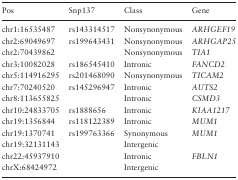
<table><thead><tr><td><b>Pos</b></td><td><b>Snp137</b></td><td><b>Class</b></td><td><b>Gene</b></td></tr></thead><tbody><tr><td>chr1:16535487</td><td>rs143314517</td><td>Nonsynonymous</td><td><i>ARHGEF19</i></td></tr><tr><td>chr2:69049697</td><td>rs199643431</td><td>Nonsynonymous</td><td><i>ARHGAP25</i></td></tr><tr><td>chr2:70439862</td><td></td><td>Nonsynonymous</td><td><i>TIA1</i></td></tr><tr><td>chr3:10082028</td><td>rs186545410</td><td>Intronic</td><td><i>FANCD2</i></td></tr><tr><td>chr5:114916295</td><td>rs201468090</td><td>Nonsynonymous</td><td><i>TICAM2</i></td></tr><tr><td>chr7:70240520</td><td>rs145296947</td><td>Intronic</td><td><i>AUTS2</i></td></tr><tr><td>chr8:113655825</td><td></td><td>Intronic</td><td><i>CSMD3</i></td></tr><tr><td>chr10:24833705</td><td>rs1888656</td><td>Intronic</td><td><i>KIAA1217</i></td></tr><tr><td>chr19:1356844</td><td>rs118122389</td><td>Intronic</td><td><i>MUM1</i></td></tr><tr><td>chr19:1370741</td><td>rs199763366</td><td>Synonymous</td><td><i>MUM1</i></td></tr><tr><td>chr19:32131143</td><td></td><td>Intergenic</td><td></td></tr><tr><td>chr22:45937910</td><td></td><td>Intronic</td><td><i>FBLN1</i></td></tr><tr><td>chrX:68424972</td><td></td><td>Intergenic</td><td></td></tr></tbody></table>